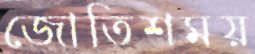
জোতিশময়